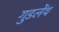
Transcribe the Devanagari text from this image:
गुडलेंथ